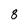
Character: 8